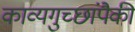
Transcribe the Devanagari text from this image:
काव्यगुच्छांपैकी